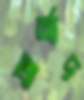
আর্শাদ